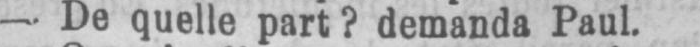
- De quelle part? demanda Paul.